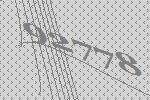
92778